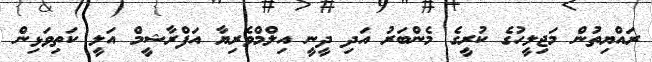
ރައްޔިތުން މަޖިލީހުގެ ކުރީގެ މެންބަރު އަދި ދީނީ އިލްމްވެރިޔާ އަފްރާޝީމް އަލީ ކަތިވަޅިން